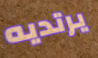
يرتديه